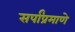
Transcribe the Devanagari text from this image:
सर्पांप्रमाणे